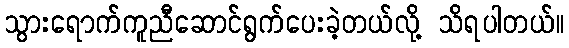
သွားရောက်ကူညီဆောင်ရွက်ပေးခဲ့တယ်လို့ သိရပါတယ်။